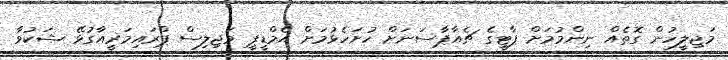
މަޖިލީހުން ގޮތެއް ނިންމުމަށް ޕާޓީގެ ޗެއާޕާސަނަށް ހުށަހެޅުމަށް އެމްޑީޕީ މަޖިލިސް ޕްރައިމަރީއާގުޅޭ ޝަކުވާ